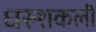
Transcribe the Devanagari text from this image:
धरुशकली